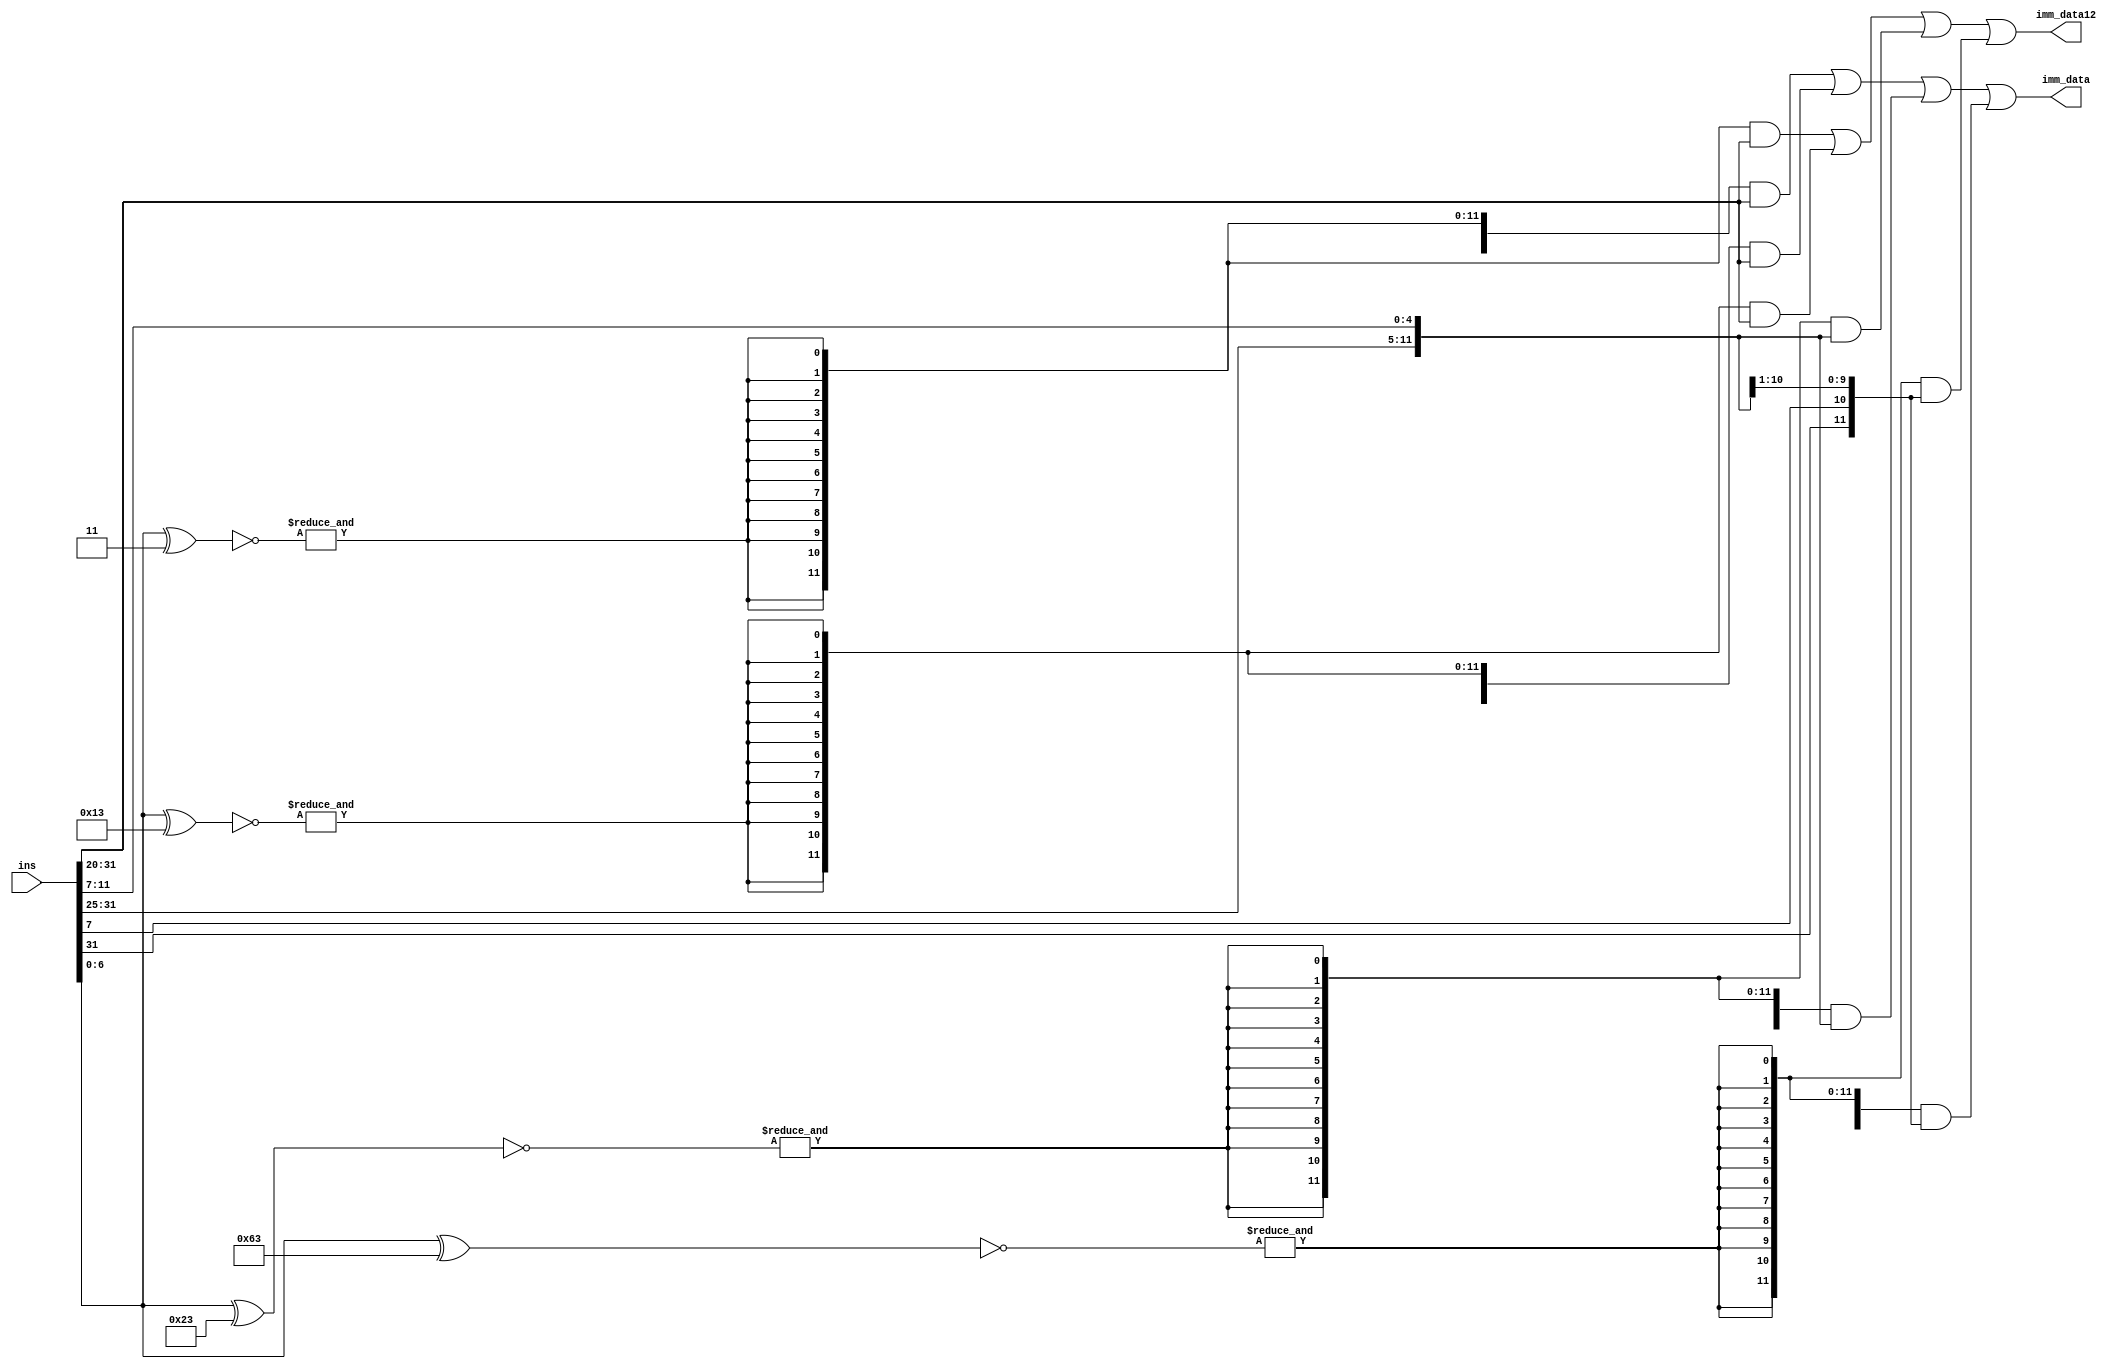
module imm_gen
(input [31:0] ins, output [63:0] imm_data, output [11:0] imm_data12);
	wire [6:0] opcode;
	assign opcode = ins[6:0];
	wire [63:0] imm1, imm2, imm3;
	wire [11:0] im1, im2, im3;
	wire i, i2, s, b;
	assign i = &(~(opcode ^ 7'b0000011));
	assign i2 = &(~(opcode ^ 7'b0010011));
	assign s = &(~(opcode ^ 7'b0100011));
	assign b = &(~(opcode ^ 7'b1100011));
	
	assign imm1 = ({64{i}} & {52'b0, ins[31:20]});
	assign imm2 = imm1 | ({64{i2}} & {52'b0, ins[31:20]});
	assign imm3 = imm2 | ({64{s}} & {52'b0, ins[31:25], ins[11:7]});
	assign imm_data = imm3 | ({64{b}} & {52'b0, ins[31], ins[7], ins[30:25], ins[11:8] });

	assign im1 = {12{i}} & ins[31:20];
	assign im2 = im1 | {12{i2}} & ins[31:20];
	assign im3 = im2 | ({12{s}} & { ins[31:25], ins[11:7] });
	assign imm_data12 = im3 | ({12{b}} & { ins[31], ins[7], ins[30:25], ins[11:8] });

	/*
	always @(imm_data)
		begin
			$display("imm64 = ", imm_data);
		end
	*/
endmodule